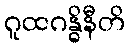
ဂူထဂန္ဓိနီတိ